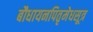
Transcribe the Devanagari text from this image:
बौधायनपितृमेधसूत्र